Bombay plague: being a history of the progress of plague in the Bombay presidency from September 1896 to June 1899
Year: 1896
Disease focus: Plague
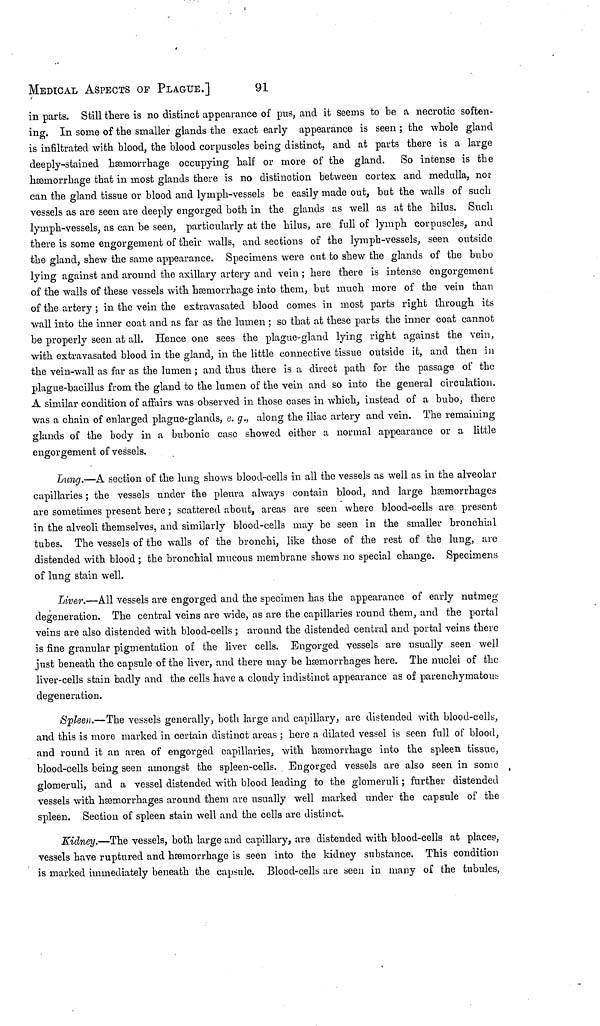
MEDICAL ASPECTS OF PLAGUE.]
91
in parts. Still there is no distinct appearance of pus, and it seems to be a necrotic soften-
ing. In some of the smaller glands the exact early appearance is seen ; the whole gland
is infiltrated with blood, the blood corpuscles being distinct, and at parts there is a large
deeply-stained hæmorrhage occupying half or more of the gland. So intense is the
hæmorrhage that in most glands there is no distinction between cortex and medulla, nor
can the gland tissue or blood and lymph-vessels be easily made out, but the walls of such
vessels as are seen are deeply engorged both in the glands as well as at the hilus. Such
lymph-vessels, as can be seen, particularly at the hilus, are full of lymph corpuscles, and
there is some engorgement of their walls, and sections of the lymph-vessels, seen outside
the gland, shew the same appearance. Specimens were cut to shew the glands of the bubo
lying against and around the axillary artery and vein ; here there is intense engorgement
of the walls of these vessels with hæmorrhage into them, but much more of the vein than
of the artery ; in the vein the extravasated blood comes in most parts right through its
wall into the inner coat and as far as the lumen ; so that at these parts the inner coat cannot
be properly seen at all. Hence one sees the plague-gland lying right against the vein,
with extravasated blood in the gland, in the little connective tissue outside it, and then in
the vein-wall as far as the lumen ; and thus there is a direct path for the passage of the
plague-bacillus from the gland to the lumen of the vein and so into the general circulation.
A similar condition of affairs was observed in those cases in which, instead of a bubo, there
was a chain of enlarged plague-glands, e. g., along the iliac artery and vein. The remaining
glands of the body in a bubonic case showed either a normal appearance or a little
engorgement of vessels.
Lung.—A section of the lung shows blood-cells in all the vessels as well as in the alveolar
capillaries ; the vessels under the pleura always contain blood, and large hæmorrhages
are sometimes present here ; scattered about, areas are seen where blood-cells are present
in the alveoli themselves, and similarly blood-cells may be seen in the smaller bronchial
tubes. The vessels of the walls of the bronchi, like those of the rest of the lung, are
distended with blood ; the bronchial mucous membrane shows no special change. Specimens
of lung stain well.
Liver.—All vessels are engorged and the specimen has the appearance of early nutmeg
degeneration. The central veins are wide, as are the capillaries round them, and the portal
veins are also distended with blood-cells ; around the distended central and portal veins there
is fine granular pigmentation of the liver cells. Engorged vessels are usually seen well
just beneath the capsule of the liver, and there may be hæmorrhages here. The nuclei of the
liver-cells stain badly and the cells have a cloudy indistinct appearance as of parenchymatous
degeneration.
Spleen.—The vessels generally, both large and capillary, are distended with blood-cells,
and this is more marked in certain distinct areas ; here a dilated vessel is seen full of blood,
and round it an area of engorged capillaries, with hærnorrhage into the spleen tissue,
blood-cells being seen amongst the spleen-cells. Engorged vessels are also seen in sonic
glomeruli, and a vessel distended with blood leading to the glomeruli ; further distended
vessels with hæœmorrhages around them are usually well marked under the capsule of the
spleen. Section of spleen stain well and the cells are distinct.
Kidney.—The vessels, both large and capillary, are distended with blood-cells at places,
vessels have ruptured and hæœmorrhage is seen into the kidney substance. This condition
is marked immediately beneath the capsule. Blood-cells are seen in many of the tubules,